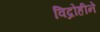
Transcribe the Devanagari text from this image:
विद्रोहीने